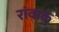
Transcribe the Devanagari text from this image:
रांवाक्